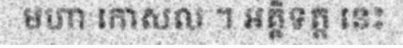
មហា កោសល ។ ឣគ្គិទត្ត នេះ